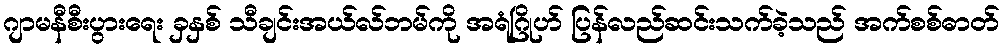
ဂျာမနီစီးပွားရေး ခှနှစ် သီချင်းအယ်လ်ဘမ်ကို အရံဂြိုဟ် ပြန်လည်ဆင်းသက်ခဲ့သည် အက်စစ်ဓာတ်